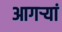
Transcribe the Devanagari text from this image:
आगऱ्यां